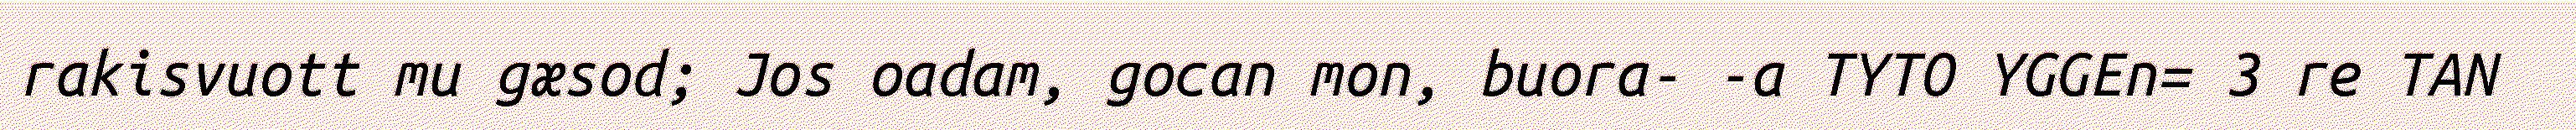
rakisvuott mu gæsod; Jos oadam, gocan mon, buora- -a TYTO YGGEn= 3 re TAN